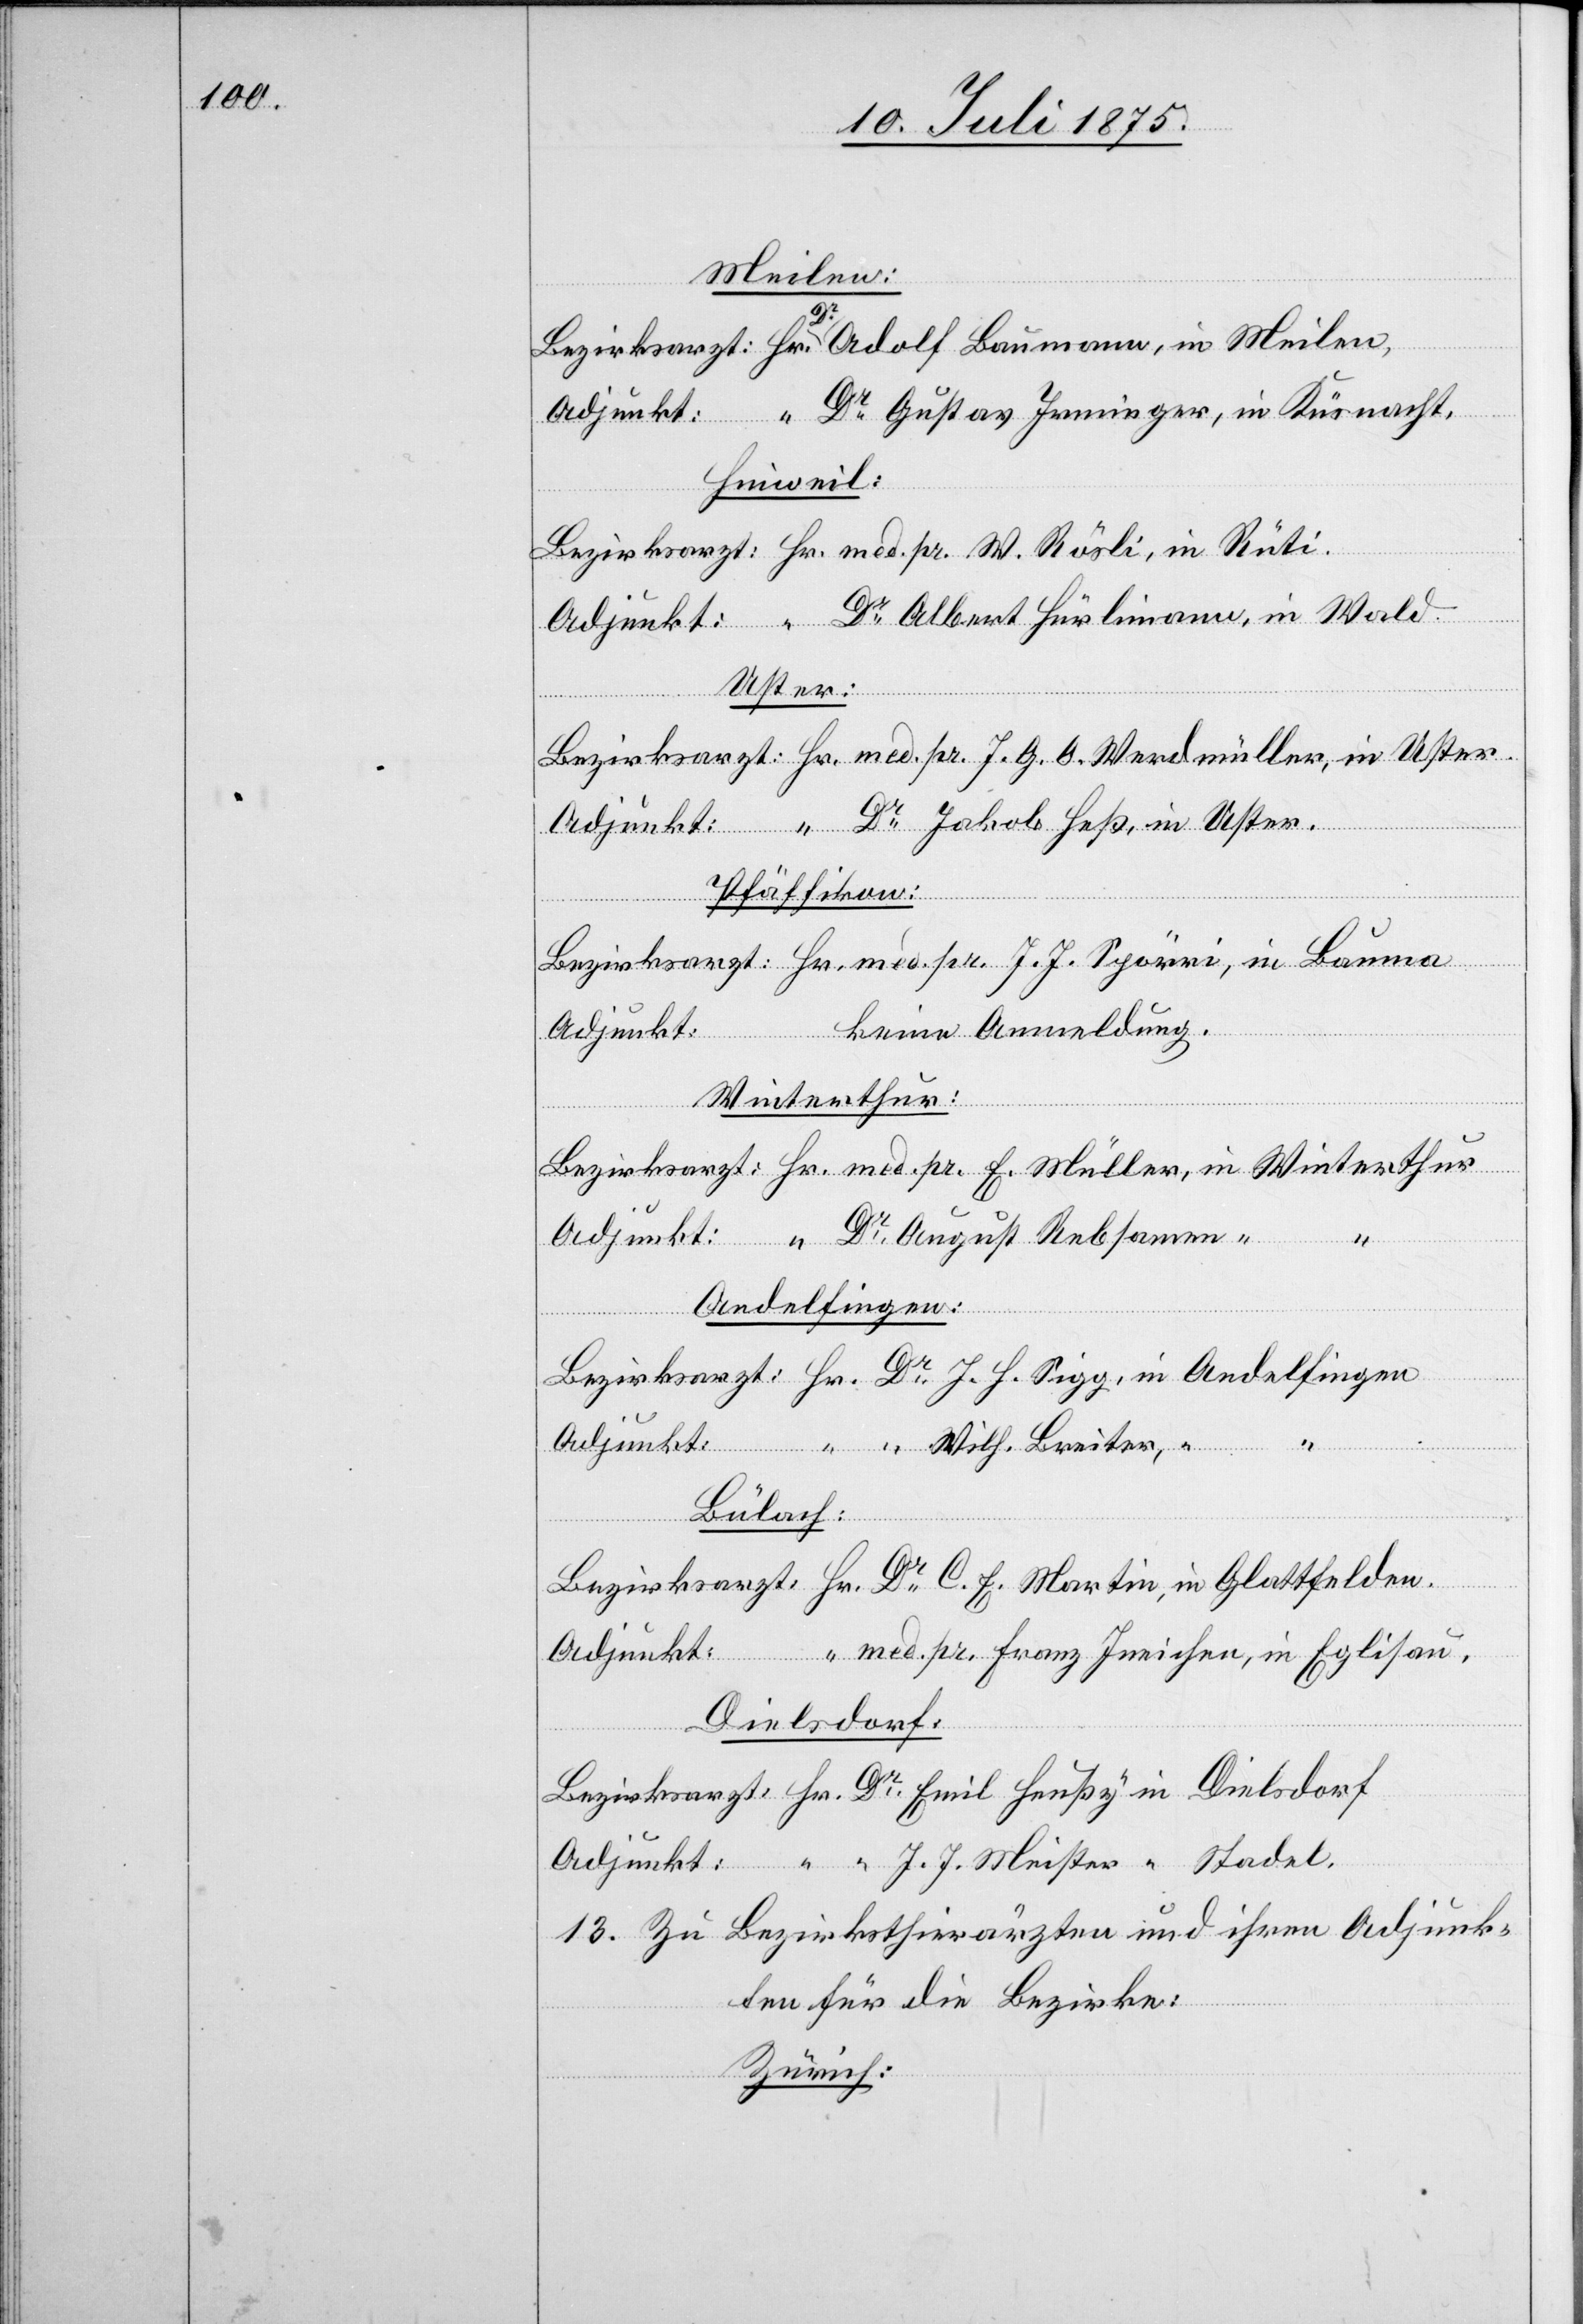
Meilen.
H.
Dr Gustav Irminger, in Küsnacht.
Adjunkt:
Hinweil:
Uster.
Pfäffikon:
amen
keine Anmeldung
Winterthur
Meister
Andelfingen
Stadel.
Bülach:
med. pr. Franz Ineichen, in Eglisau.
Dielsdorf
13. Zu Bezirksthierärzten und ihren Adjunk¬
ten für die Bezirke:
Zürich:

Emil
in